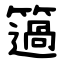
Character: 簻